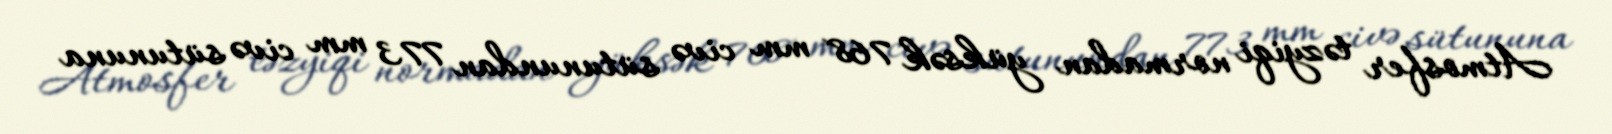
Atmosfer təzyiqi normadan yüksək 768 mm civə sütunundan 773 mm civə sütununa